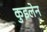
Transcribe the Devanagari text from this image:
कुइलेन